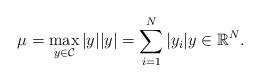
LaTeX: \begin{align*}\mu = \max_{y\in \mathcal C}|y| |y| = \sum_{i=1}^{N}|y_i| y\in \mathbb R^N.\end{align*}